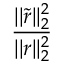
\frac { | | \widetilde { r } | | _ { 2 } ^ { 2 } } { | | r | | _ { 2 } ^ { 2 } }